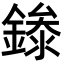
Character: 𬫾